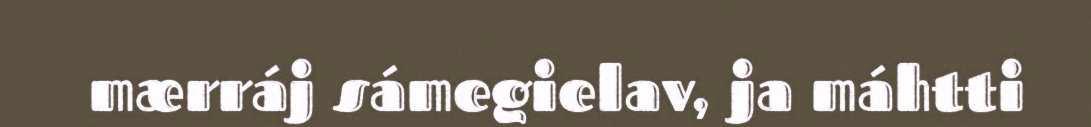
mærráj sámegielav, ja máhtti